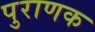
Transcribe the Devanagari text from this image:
पुराणक